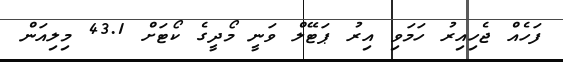
ފަހެއް ޖެހިއިރު ހަމަވި އިރު ޕަޓޭލް ވަނީ މޯދީގެ ކޯޓަށް 43.1 މިލިއަން